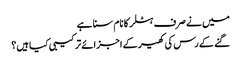
میں نے صرف ہٹلر کا نام سنا ہے
گنے کے رس کی کھیر کے اجزائے ترکیبی کیا ہیں؟